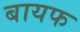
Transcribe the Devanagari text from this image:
बायफ